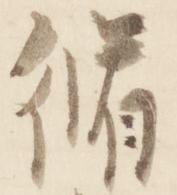
脩